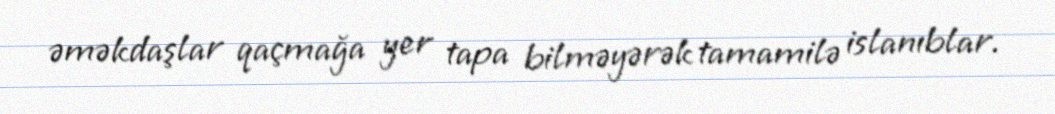
əməkdaşlar qaçmağa yer tapa bilməyərək tamamilə islanıblar.